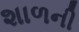
શાળની